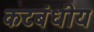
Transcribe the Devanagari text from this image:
कटबंधीय